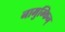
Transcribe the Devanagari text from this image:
नामुम्किन्